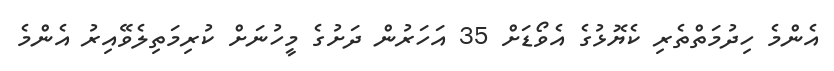
އެންމެ ހިދުމަތްތެރި ކެޔޮޅުގެ އެވޯޑަށް 35 އަހަރުން ދަށުގެ މީހުނަށް ކުރިމަތިލެވޭއިރު އެންމެ